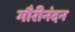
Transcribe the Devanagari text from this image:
गौरीनंदन